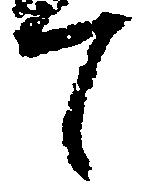
て